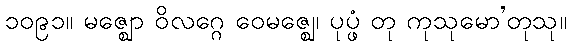
၁၀၉၁။ မဇ္ဈော ဝိလဂ္ဂေ ဝေမဇ္ဈေ၊ ပုပ္ဖံ တု ကုသုမော’တုသု။